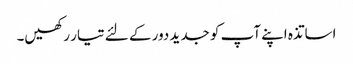
اساتذہ اپنے آپ کو جدید دور کے لئے تیار رکھیں۔